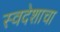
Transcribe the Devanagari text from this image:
स्वदेशाचा